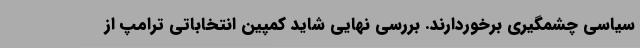
سیاسی چشمگیری برخوردارند. بررسی نهایی شاید کمپین انتخاباتی ترامپ از